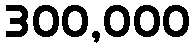
300,000